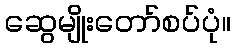
ဆွေမျိုးတော်စပ်ပုံ။